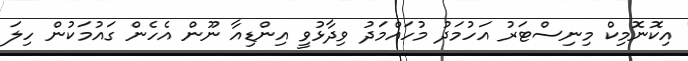
އިކޮނޮމިކް މިނިސްޓަރު އަހުމަދު މުހައްމަދު ވިދާޅުވީ އިންޑިއާ ނޫން އެހެން ގައުމަކުން ހިލަ